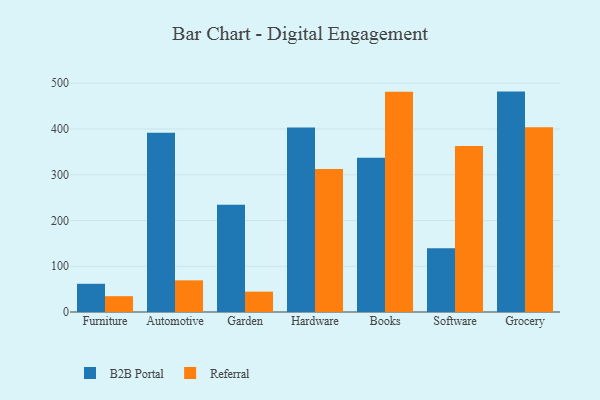
{"axis": {"x": "Category", "y": "Shipments"}, "legend": ["B2B Portal", "Referral"], "data": [{"x": "Furniture", "y": 61.7, "type": "B2B Portal"}, {"x": "Furniture", "y": 34.6, "type": "Referral"}, {"x": "Automotive", "y": 391.7, "type": "B2B Portal"}, {"x": "Automotive", "y": 69.2, "type": "Referral"}, {"x": "Garden", "y": 234.4, "type": "B2B Portal"}, {"x": "Garden", "y": 44.5, "type": "Referral"}, {"x": "Hardware", "y": 403.4, "type": "B2B Portal"}, {"x": "Hardware", "y": 312.5, "type": "Referral"}, {"x": "Books", "y": 337.3, "type": "B2B Portal"}, {"x": "Books", "y": 481.5, "type": "Referral"}, {"x": "Software", "y": 139.2, "type": "B2B Portal"}, {"x": "Software", "y": 363.0, "type": "Referral"}, {"x": "Grocery", "y": 481.8, "type": "B2B Portal"}, {"x": "Grocery", "y": 403.7, "type": "Referral"}]}